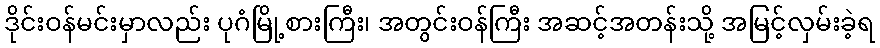
ဒိုင်းဝန်မင်းမှာလည်း ပုဂံမြို့စားကြီး၊ အတွင်းဝန်ကြီး အဆင့်အတန်းသို့ အမြင့်လှမ်းခဲ့ရ